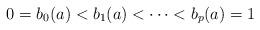
LaTeX: \begin{align*} 0 = b_0 (a) < b_1 (a) < \cdots < b_p (a) = 1 \end{align*}